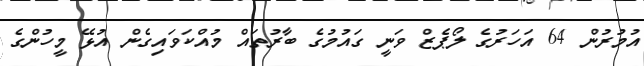
އުމުރުން 64 އަހަރުގެ ލޯޕެޒް ވަނީ ގައުމުގެ ބާރުތައް މުއްކަވައިގެން އުޅޭ މީހުންގެ